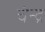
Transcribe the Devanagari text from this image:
चंन्द्र